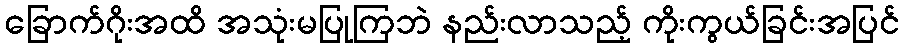
ခြောက်ဂိုးအထိ အသုံးမပြုကြဘဲ နည်းလာသည့် ကိုးကွယ်ခြင်းအပြင်